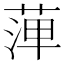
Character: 𦴝